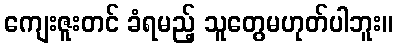
ကျေးဇူးတင် ခံရမည့် သူတွေမဟုတ်ပါဘူး။